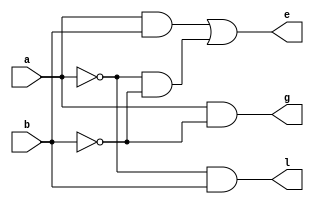
module one_bit_comparator (a, b, l, e, g);

   input a;
   input b;
   
   output l;//stores the value 1 if bit a<b
   wire l;
   output e;//stores the value 1 if bit a=b
   wire e;
   output g;//stores the value 1 if bit a>b
   wire g;

   assign l = ~a & b;
   assign e = (a & b) | (~a & ~b);
   assign g = a & ~b;

endmodule